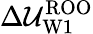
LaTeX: \Delta\mathcal{U}_{\mathrm{{W1}}}^{\mathrm{{ROO}}}